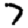
Digit: 7